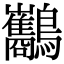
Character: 𪈥